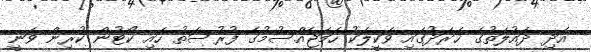
އަދި ދައުލަތުގެ ޚަރަދުގައި ވަކީލަކު ހަމަޖެއްސުމުގެ ފުރުސަތު ހައި ކޯޓުން ކުރިން ވަނީ